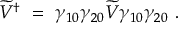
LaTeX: \widetilde V ^ { \dagger } \ = \ \gamma _ { 1 0 } \gamma _ { 2 0 } \widetilde V \gamma _ { 1 0 } \gamma _ { 2 0 } \ .